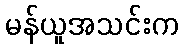
မန်ယူအသင်းက